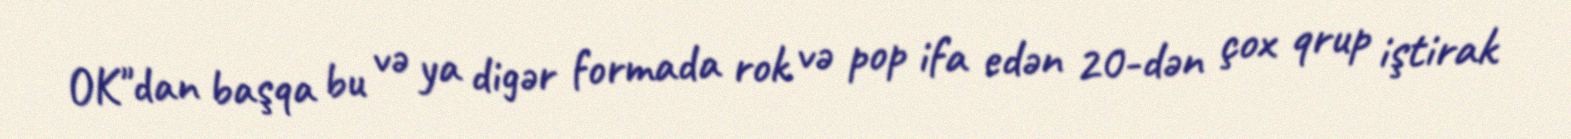
OK"dan başqa bu və ya digər formada rok və pop ifa edən 20-dən çox qrup iştirak